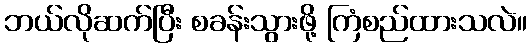
ဘယ်လိုဆက်ပြီး စခန်းသွားဖို့ ကြံစည်ထားသလဲ။